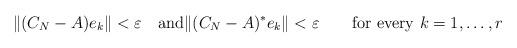
LaTeX: \begin{align*} \|(C_{N}-A)e_{k}\|<\varepsilon\quad{\rm and}\|(C_{N}-A)^{*}e_{k}\| <\varepsilon \qquad\hbox{for every $k=1,\dots ,r$}\end{align*}